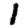
Digit: 1